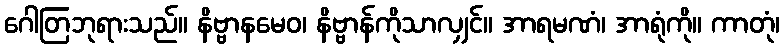
ဂေါတြဘုရားသည်။ နိဗ္ဗာနမေဝ၊ နိဗ္ဗာန်ကိုသာလျှင်။ အာရမဏံ၊ အာရုံကို။ ကာတုံ၊